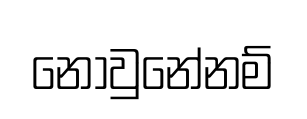
නොවුනේනම්